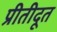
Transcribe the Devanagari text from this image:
प्रीतीदूत